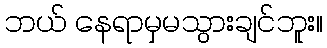
ဘယ် နေရာမှမသွားချင်ဘူး။